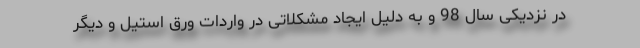
در نزدیکی سال 98 و به دلیل ایجاد مشکلاتی در واردات ورق استیل و دیگر